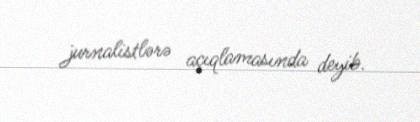
jurnalistlərə açıqlamasında deyib.